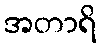
အတာရိ